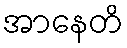
အာနေတိ